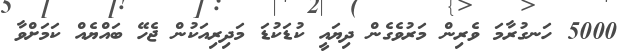
5000 ހަނގުރާމަ ވެރިން މަރުވެގެން ދިޔައީ ކުޑަކުޑަ މަދިރިއަކުން ޖެހޭ ބައްޔެއް ކަމަށްވާ